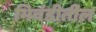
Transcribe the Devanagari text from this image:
भिवंडीतील